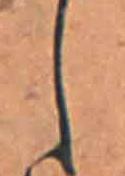
し